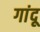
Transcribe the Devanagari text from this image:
गांदू